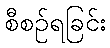
စီစဉ်ရခြင်း